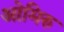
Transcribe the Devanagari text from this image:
ओमिरु